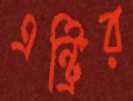
এন্ট্রির